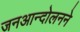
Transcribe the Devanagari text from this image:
जनआन्दोलनने